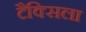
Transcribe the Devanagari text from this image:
टैक्सिला